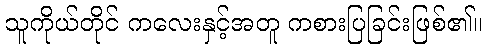
သူကိုယ်တိုင် ကလေးနှင့်အတူ ကစားပြခြင်းဖြစ်၏။